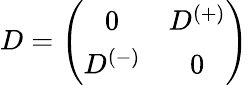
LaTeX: D=\left(\begin{array}{cc}{{0}}&{{D^{(+)}}}\\ {{D^{(-)}}}&{{0}}\end{array}\right)